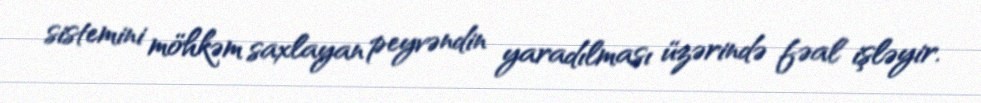
sistemini möhkəm saxlayan peyvəndin yaradılması üzərində fəal işləyir.